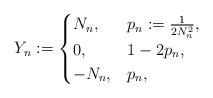
LaTeX: \begin{align*} Y_n:=\begin{cases}N_n,\! \!&\ p_n:=\frac1{2N_n^2},\\0,\!\! & \ 1-2p_n,\\- N_n ,\!\! & \ p_n,\end{cases}\end{align*}